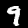
Digit: 9